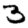
Digit: 3